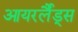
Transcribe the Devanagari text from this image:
आयरर्लैंड्स